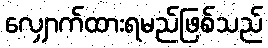
လျှောက်ထားရမည်ဖြစ်သည်